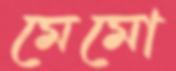
মেমো